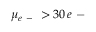
\mu _ { e \mathrm { ~ - ~ } } > 3 0 \, e \mathrm { ~ - ~ }